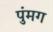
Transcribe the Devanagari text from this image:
पुंमग